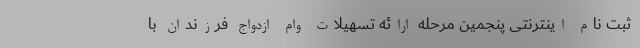
ثبت نام اینترنتی پنجمین مرحله ارائه تسهیلات وام ازدواج فرزندان با